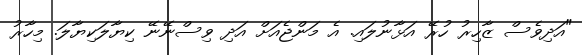
"އަދިވެސް ޒާހިރު ހުރޭ އަޅާނުލައި. އެ މަންޖެއަށް އަދި ވިސްނޭނޭ ކިޔާލަކިޔާލަ. މިހާރު